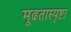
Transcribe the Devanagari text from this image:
मूढतास्पृष्टा